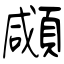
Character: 顑